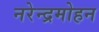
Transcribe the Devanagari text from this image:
नरेन्द्रमोहन